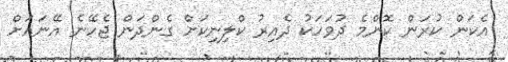
އެކަން ކުރަން ކޮންމެ ދުވަހަކު ދެއިރު ކްލިނިކަށް ގެންދަން ޖެހޭނެ އޭނައަށް